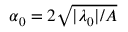
\alpha _ { 0 } = 2 \sqrt { | \lambda _ { 0 } | / A }